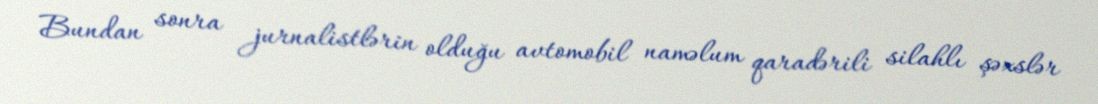
Bundan sonra jurnalistlərin olduğu avtomobil naməlum qaradərili silahlı şəxslər